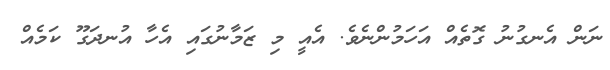
ނަން އެނގުނު ގޮތެއް އަހަމުންނެވެ. އެއީ މި ޒަމާނުގައި އެހާ އުނދަގޫ ކަމެއް